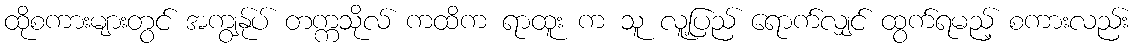
ထိုစကားများတွင် အကျွန်ုပ် တက္ကသိုလ် ကထိက ရာထူး က သူ လူ့ပြည် ရောက်လျှင် ထွက်ရမည့် စကားလည်း